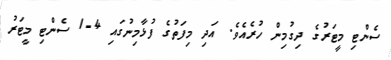
ސެންޓި މީޓަރުގެ ދިގުމިން ހުރެއެވެ. އަދި މިފަތުގެ ފުޅާމިނުގައި 4-1 ސެންޓި މީޓަރު